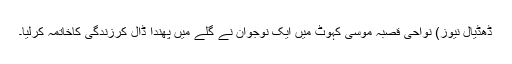
ڈھڈیال نیوز) نواحی قصبہ موسیٰ کہوٹ میں ایک نوجوان نے گلے میں پھندا ڈال کرزندگی کاخاتمہ کرلیا۔